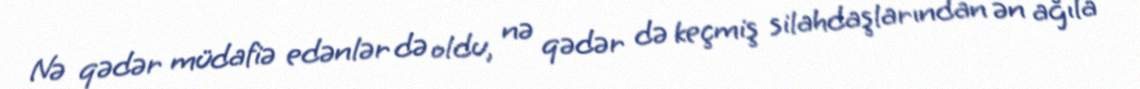
Nə qədər müdafiə edənlər də oldu, nə qədər də keçmiş silahdaşlarından ən ağıla